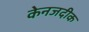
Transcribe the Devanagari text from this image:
केनजदीक